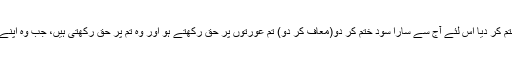
نبی ئ مہربان نے دو ٹوک انداز میں فرمایا ہے اللہ نے سود کو ختم کر دیا اس لئے آج سے سارا سود ختم کر دو(معاف کر دو) تم عورتوں پر حق رکھتے ہو اور وہ تم پر حق رکھتی ہیں، جب وہ اپنے حقوق پورے کر رہی ہیں تم ان کی ساری ذمہ داریاں پوری کرو۔